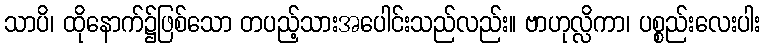
သာပိ၊ ထိုနောက်၌ဖြစ်သော တပည့်သားအပေါင်းသည်လည်း။ ဗာဟုလ္လိကာ၊ ပစ္စည်းလေးပါး